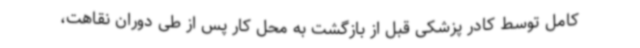
کامل توسط کادر پزشکی قبل از بازگشت به محل کار پس از طی دوران نقاهت،